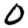
Digit: 0